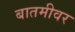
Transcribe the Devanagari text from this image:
बातमीवर